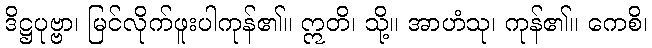
ဒိဋ္ဌပုဗ္ဗာ၊ မြင်လိုက်ဖူးပါကုန်၏။ ဣတိ၊ သို့။ အာဟံသု၊ ကုန်၏။ ကေစိ၊